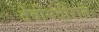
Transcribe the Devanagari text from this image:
देवीमंदीरात